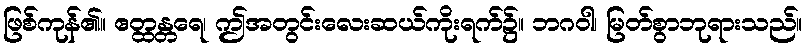
ဖြစ်ကုန်၏။ ဧတ္ထန္တရေ၊ ဤအတွင်းလေးဆယ်ကိုးရက်၌။ ဘဂဝါ၊ မြတ်စွာဘုရားသည်။